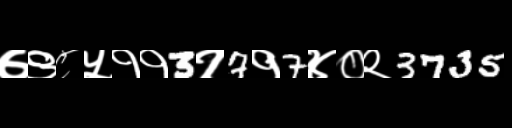
Text: ७९८५११3१7१7४०२3735